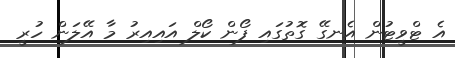
އެ ޓްވީޓުން އެނގޭ ގޮތުގައި ފޯން ކޯލް އައިއިރު މާ އޭލަން ހުރީ